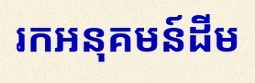
រកអនុគមន៍ដើម